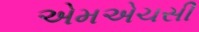
એમએચસી